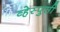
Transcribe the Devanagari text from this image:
व्हेस्पुसी